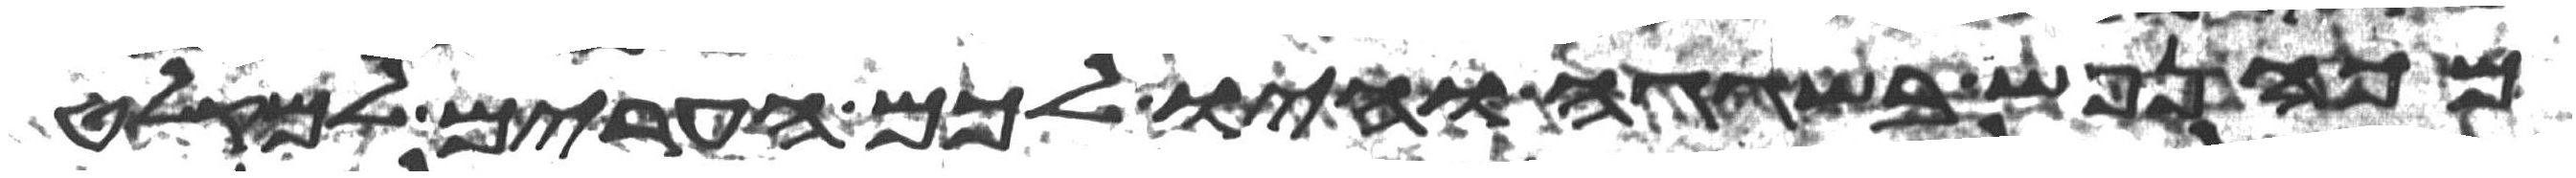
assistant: מכה נפש בשגגה והיו לכם הערים למקלט